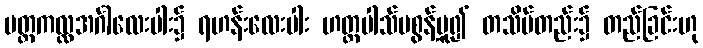
ပတ္တကလ္လအင်္ဂါလေးပါး၌ ရဟန်းလေးပါး ဟတ္ထပါသ်မစွန့်မူ၍ တသိမ်တည်း၌ တည်ခြင်းဟု